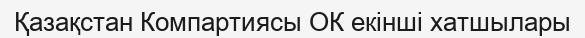
Қазақстан Компартиясы ОК екінші хатшылары